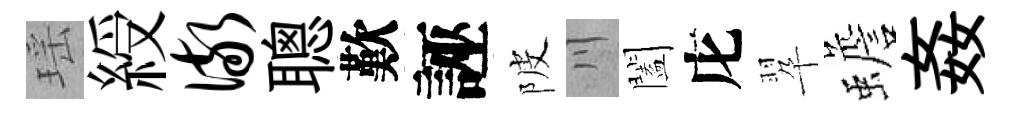
瑶綬儆聰歎誣陂川闔庀翆蟾姦